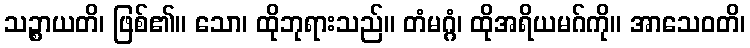
သဉ္စာယတိ၊ ဖြစ်၏။ သော၊ ထိုဘုရားသည်။ တံမဂ္ဂံ၊ ထိုအရိယမဂ်ကို။ အာသေဝတိ၊